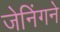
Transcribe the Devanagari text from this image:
जेनिंगने